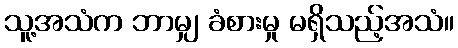
သူ့အသံက ဘာမျှ ခံစားမှု မရှိသည့်အသံ။